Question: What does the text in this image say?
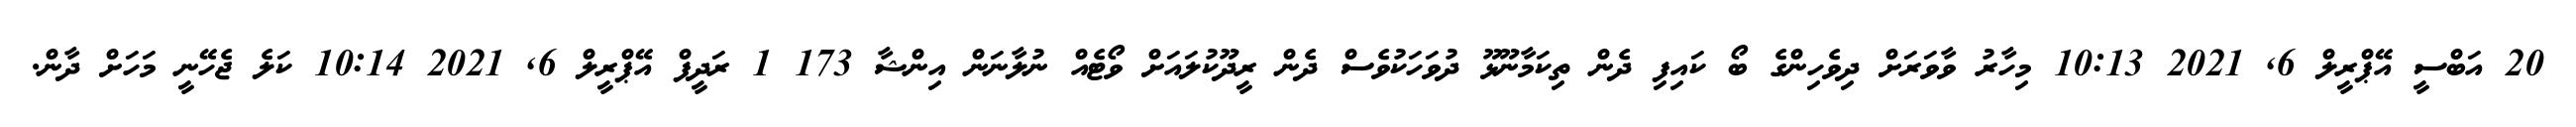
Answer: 20 އަބްސީ އޭޕްރީލް 6, 2021 10:13 މިހާރު ވާވަރަށް ދިވެހިންގެ ބޯ ކައިފި ދެން ތިކަމާނޫޅޫ ދުވަހަކުވެސް ދެން ރީދޫކުލައަށް ވޯޓެއް ނުލާނަން އިންޝާ 173 1 ރަދީފް އޭޕްރީލް 6, 2021 10:14 ކަލެ ޖެހޭނީ މަހަށް ދާން.